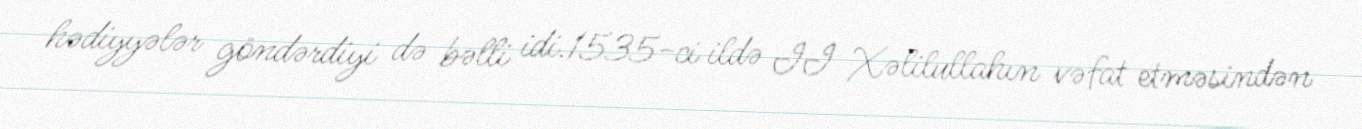
hədiyyələr göndərdiyi də bəlli idi.1535-ci ildə II Xəlilullahın vəfat etməsindən